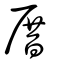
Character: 厝